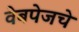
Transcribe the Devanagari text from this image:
वेबपेजचे